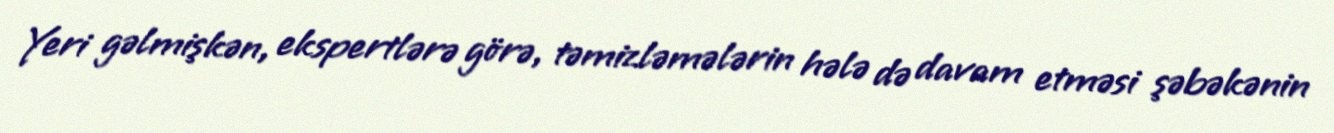
Yeri gəlmişkən, ekspertlərə görə, təmizləmələrin hələ də davam etməsi şəbəkənin